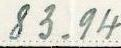
83.94